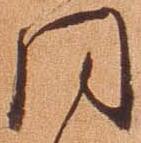
同